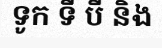
ទូក ទី បី និង